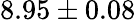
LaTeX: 8.95\pm 0.08